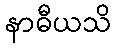
နာဓီယသိ